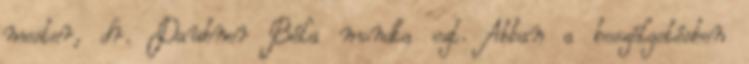
mester, dr. Daubner Béla mondta ezt. Abban a beszélgetésben